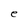
Character: e